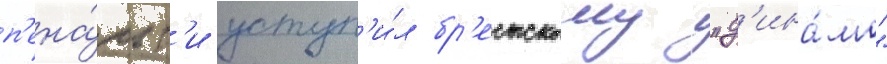
п'ена́льт'и уступ'и́л бр'естскому "д'ина́мо"